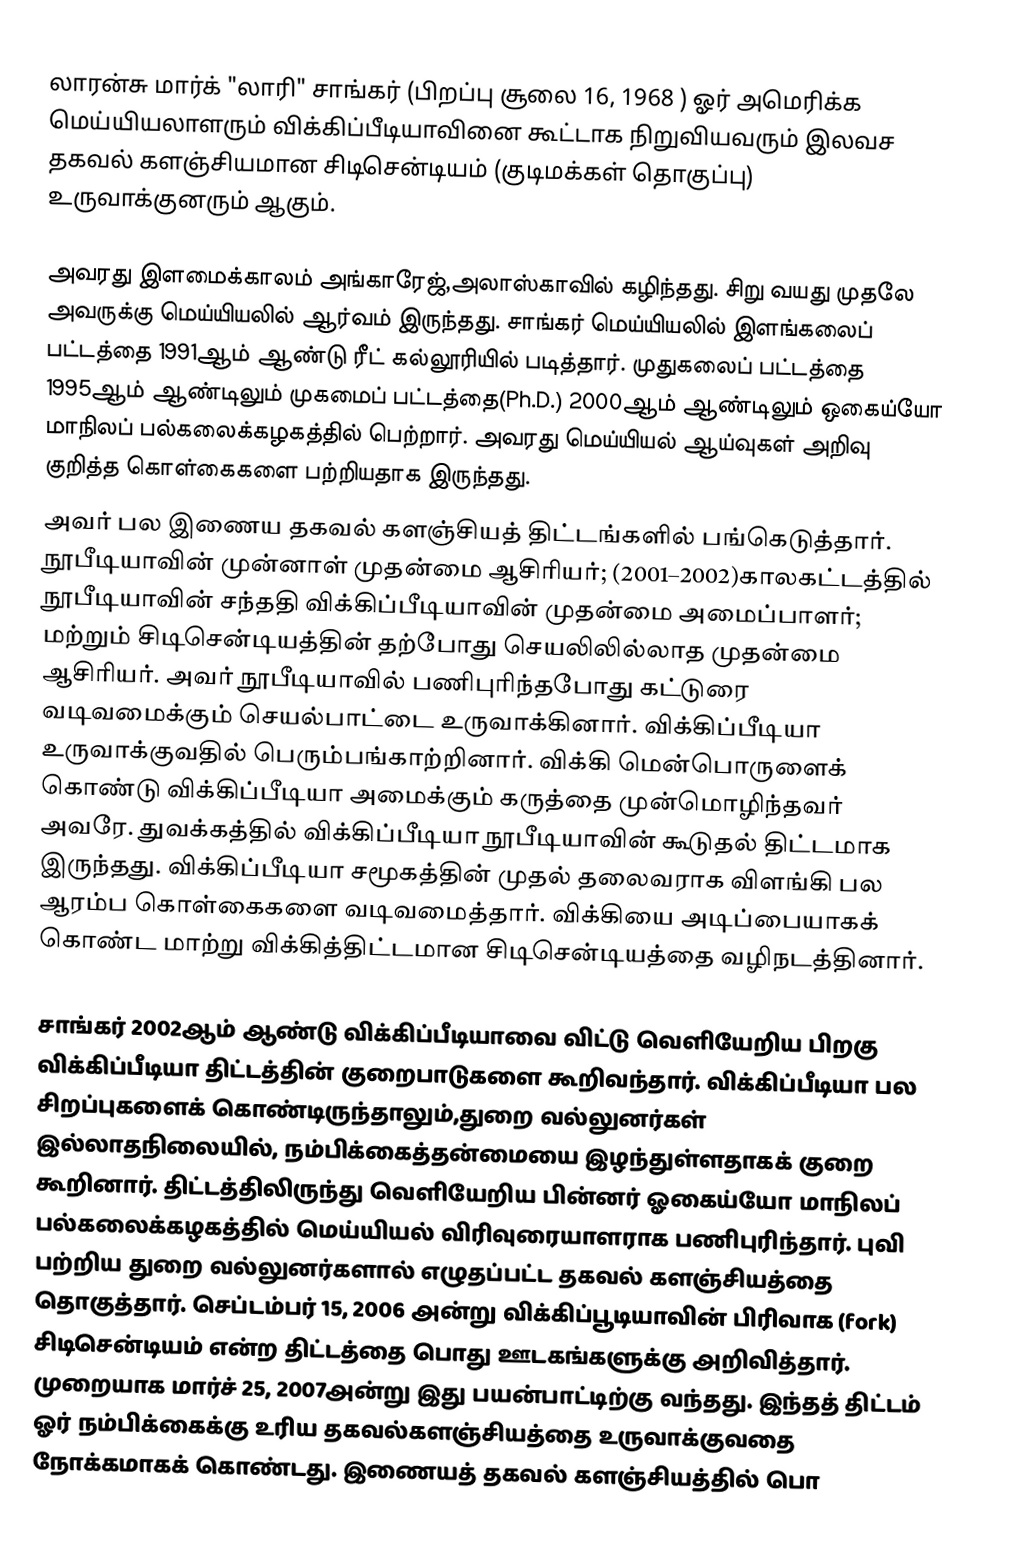
லாரன்சு மார்க்  "லாரி" சாங்கர்  (பிறப்பு சூலை 16, 1968 ) ஓர் அமெரிக்க மெய்யியலாளரும்  விக்கிப்பீடியாவினை கூட்டாக நிறுவியவரும் இலவச தகவல் களஞ்சியமான சிடிசென்டியம் (குடிமக்கள் தொகுப்பு) உருவாக்குனரும் ஆகும்.

அவரது இளமைக்காலம் அங்காரேஜ்,அலாஸ்காவில் கழிந்தது. சிறு வயது முதலே அவருக்கு மெய்யியலில் ஆர்வம் இருந்தது.  சாங்கர் மெய்யியலில் இளங்கலைப் பட்டத்தை 1991ஆம் ஆண்டு ரீட் கல்லூரியில் படித்தார். முதுகலைப் பட்டத்தை 1995ஆம் ஆண்டிலும் முகமைப் பட்டத்தை(Ph.D.) 2000ஆம் ஆண்டிலும் ஒகைய்யோ மாநிலப் பல்கலைக்கழகத்தில்  பெற்றார். அவரது மெய்யியல் ஆய்வுகள் அறிவு குறித்த கொள்கைகளை பற்றியதாக இருந்தது.
அவர் பல இணைய தகவல் களஞ்சியத் திட்டங்களில் பங்கெடுத்தார். நூபீடியாவின் முன்னாள் முதன்மை ஆசிரியர்; (2001–2002)காலகட்டத்தில் நூபீடியாவின் சந்ததி விக்கிப்பீடியாவின் முதன்மை அமைப்பாளர்; மற்றும் சிடிசென்டியத்தின் தற்போது செயலிலில்லாத முதன்மை ஆசிரியர். அவர் நூபீடியாவில் பணிபுரிந்தபோது கட்டுரை வடிவமைக்கும் செயல்பாட்டை உருவாக்கினார். விக்கிப்பீடியா உருவாக்குவதில் பெரும்பங்காற்றினார். விக்கி மென்பொருளைக் கொண்டு விக்கிப்பீடியா அமைக்கும் கருத்தை முன்மொழிந்தவர் அவரே. துவக்கத்தில் விக்கிப்பீடியா நூபீடியாவின் கூடுதல் திட்டமாக இருந்தது. விக்கிப்பீடியா சமூகத்தின் முதல் தலைவராக விளங்கி பல ஆரம்ப கொள்கைகளை வடிவமைத்தார். விக்கியை அடிப்பையாகக் கொண்ட மாற்று விக்கித்திட்டமான சிடிசென்டியத்தை வழிநடத்தினார்.

சாங்கர் 2002ஆம் ஆண்டு விக்கிப்பீடியாவை விட்டு வெளியேறிய பிறகு விக்கிப்பீடியா திட்டத்தின் குறைபாடுகளை கூறிவந்தார். விக்கிப்பீடியா பல சிறப்புகளைக் கொண்டிருந்தாலும்,துறை வல்லுனர்கள் இல்லாதநிலையில், நம்பிக்கைத்தன்மையை இழந்துள்ளதாகக் குறை கூறினார். திட்டத்திலிருந்து வெளியேறிய பின்னர் ஓகைய்யோ மாநிலப் பல்கலைக்கழகத்தில் மெய்யியல் விரிவுரையாளராக பணிபுரிந்தார். புவி பற்றிய துறை வல்லுனர்களால் எழுதப்பட்ட தகவல் களஞ்சியத்தை தொகுத்தார். செப்டம்பர் 15, 2006 அன்று விக்கிப்பூடியாவின் பிரிவாக (fork) சிடிசென்டியம் என்ற திட்டத்தை பொது ஊடகங்களுக்கு அறிவித்தார்.  முறையாக மார்ச் 25, 2007அன்று இது பயன்பாட்டிற்கு வந்தது.  இந்தத் திட்டம் ஓர் நம்பிக்கைக்கு உரிய தகவல்களஞ்சியத்தை உருவாக்குவதை நோக்கமாகக் கொண்டது.  இணையத் தகவல் களஞ்சியத்தில் பொ